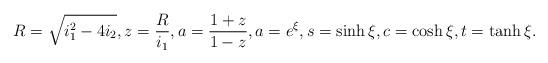
LaTeX: \begin{gather*} R=\sqrt{i_1^2-4i_2},z=\frac{R}{i_1},a=\frac{1+z}{1-z}, a=e^\xi,s=\sinh\xi, c=\cosh\xi,t=\tanh\xi.\end{gather*}